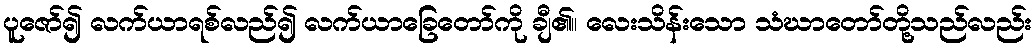
ပူဇော်၍ လက်ယာရစ်လည်၍ လက်ယာခြေတော်ကို ချီ၏။ လေးသိန်းသော သံဃာတော်တို့သည်လည်း